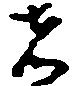
者